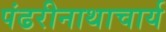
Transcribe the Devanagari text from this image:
पंढरीनाथाचार्य